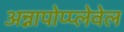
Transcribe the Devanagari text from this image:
अन्नापोप्प्लेवेल